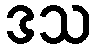
ဒသ